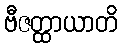
ဗီဇတ္ထာယာတိ